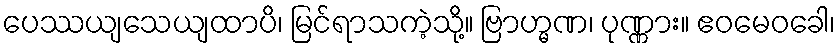
ပေဿယျသေယျထာပိ၊ မြင်ရာသကဲ့သို့။ ဗြာဟ္မဏ၊ ပုဏ္ဏား။ ဧဝမေဝခေါ၊